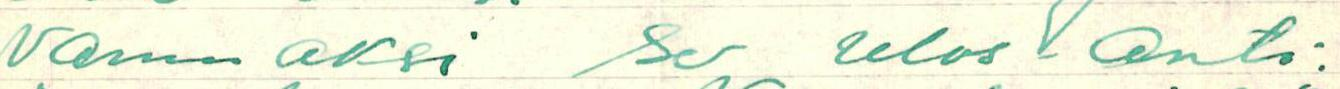
vammaksi se ulos-anto: